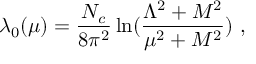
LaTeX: \lambda _ { 0 } ( \mu ) = { \frac { N _ { c } } { 8 \pi ^ { 2 } } } \ln ( { \frac { \Lambda ^ { 2 } + M ^ { 2 } } { \mu ^ { 2 } + M ^ { 2 } } } ) \ ,